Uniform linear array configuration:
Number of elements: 12
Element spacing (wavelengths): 0.25
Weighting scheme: kaiser
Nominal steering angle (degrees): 0
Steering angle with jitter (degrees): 1.893
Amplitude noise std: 0.05
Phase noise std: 0.05

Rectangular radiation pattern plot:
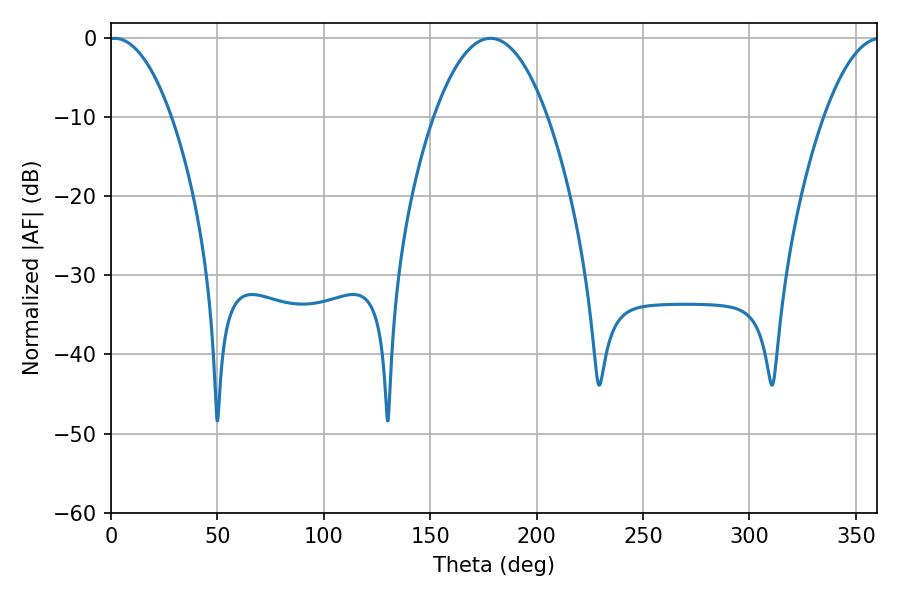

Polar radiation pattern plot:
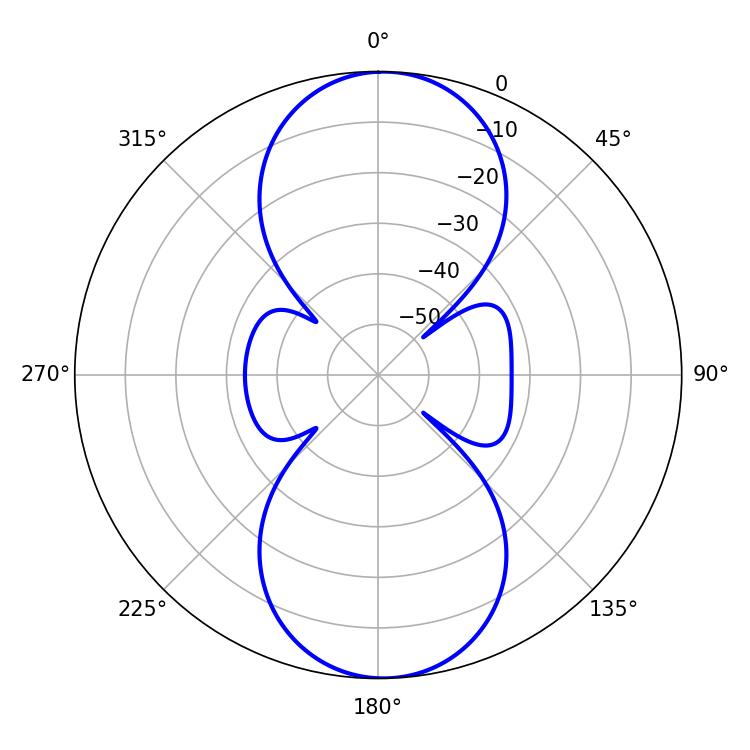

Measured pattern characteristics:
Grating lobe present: FALSE
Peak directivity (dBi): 18.108
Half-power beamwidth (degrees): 16.38
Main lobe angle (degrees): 1.62